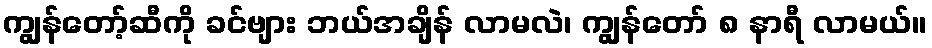
ကျွန်တော့်ဆီကို ခင်ဗျား ဘယ်အချိန် လာမလဲ၊ ကျွန်တော် ၈ နာရီ လာမယ်။